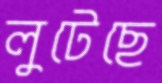
লুটেছে